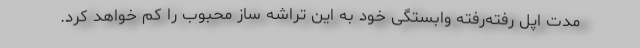
مدت اپل رفته‌رفته وابستگی خود به این تراشه ساز محبوب را کم خواهد کرد.